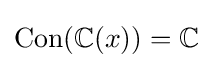
\operatorname {Con} (\mathbb {C} (x))=\mathbb {C}